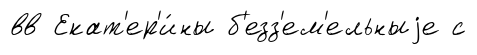
вв Екат'ер'и́ны б'езз'ем'ельныjе с